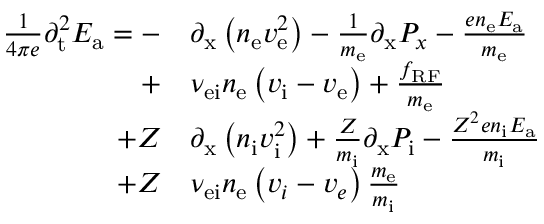
\begin{array} { r l } { \frac { 1 } { 4 \pi e } { \partial _ { \mathrm { t } } ^ { 2 } } E _ { \mathrm { a } } = - } & { { \partial _ { \mathrm { x } } \left( n _ { \mathrm { e } } v _ { \mathrm { e } } ^ { 2 } \right) } - \frac { 1 } { m _ { \mathrm { e } } } { \partial _ { \mathrm { x } } P _ { x } } - \frac { e n _ { \mathrm { e } } E _ { \mathrm { a } } } { m _ { \mathrm { e } } } } \\ { + } & { \nu _ { \mathrm { e i } } n _ { \mathrm { e } } \left( v _ { \mathrm { i } } - v _ { \mathrm { e } } \right) + \frac { f _ { \mathrm { R F } } } { m _ { \mathrm { e } } } } \\ { + Z } & { { \partial _ { \mathrm { x } } \left( n _ { \mathrm { i } } v _ { \mathrm { i } } ^ { 2 } \right) } + \frac { Z } { m _ { \mathrm { i } } } { \partial _ { \mathrm { x } } P _ { \mathrm { i } } } - \frac { Z ^ { 2 } e n _ { \mathrm { i } } E _ { \mathrm { a } } } { m _ { \mathrm { i } } } } \\ { + Z } & { \nu _ { \mathrm { e i } } n _ { \mathrm { e } } \left( v _ { i } - v _ { e } \right) \frac { m _ { \mathrm { e } } } { m _ { \mathrm { i } } } } \end{array}